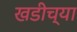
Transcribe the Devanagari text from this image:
खडीच्या